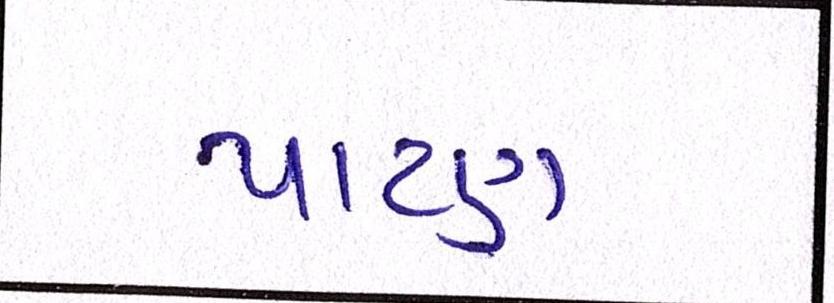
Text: પાટણ